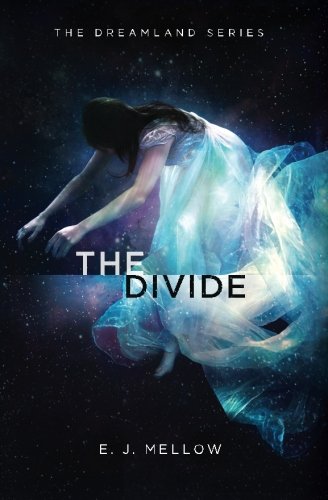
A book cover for The Divide: The Dreamland Series Book II (Volume 2); E.J Mellow; Science Fiction & Fantasy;